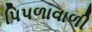
પિપળાવાળી